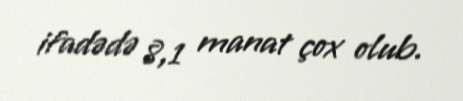
ifadədə 8,1 manat çox olub.